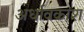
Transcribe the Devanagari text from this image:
अर्धावकाश